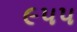
૯૫૫